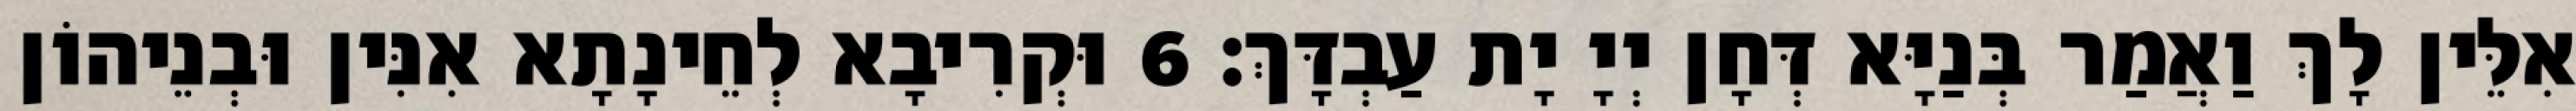
אִלֵּין לָךְ וַאֲמַר בְּנַיָּא דְּחָן יְיָ יָת עַבְדָּךְ׃ 6 וּקְרִיבָא לְחֵינָתָא אִנִּין וּבְנֵיהוֹן